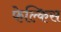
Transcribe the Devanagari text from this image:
फेल्किस